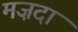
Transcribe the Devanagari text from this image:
मज़दा